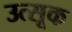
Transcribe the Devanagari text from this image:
उत्सूक